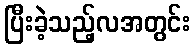
ပြီးခဲ့သည့်လအတွင်း